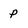
Character: p